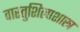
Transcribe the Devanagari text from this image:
वास्तुशिल्पशास्त्र